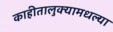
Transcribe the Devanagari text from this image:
काहीतालुक्यामधल्या